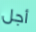
أجل